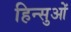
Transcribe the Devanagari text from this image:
हिन्सुओं